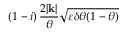
\left( 1 - i \right) \frac { 2 | \mathbf { k } | } { \theta } \sqrt { \varepsilon \delta \theta ( 1 - \theta ) }